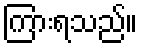
ကြားရသည်။